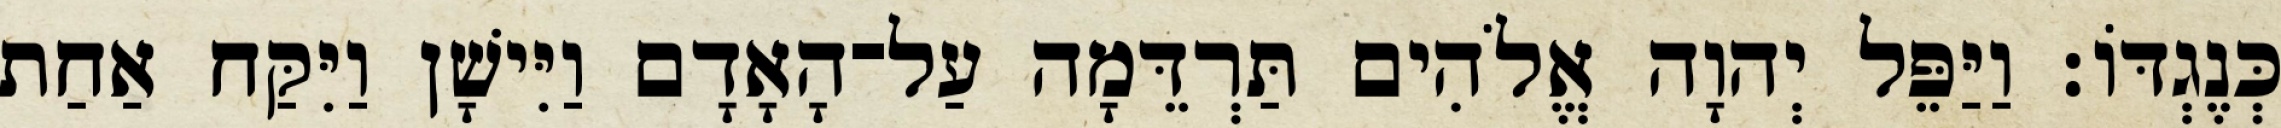
כְּנֶגְדֹּו׃ וַיַּפֵּל יְהוָה אֱלֹהִים תַּרְדֵּמָה עַל־הָאָדָם וַיִּישָׁן וַיִּקַּח אַחַת